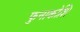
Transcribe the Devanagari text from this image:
फुनाकोशि